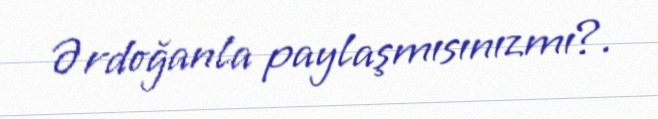
Ərdoğanla paylaşmısınızmı?.